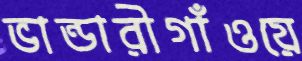
ভান্ডারীগাঁওয়ে